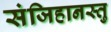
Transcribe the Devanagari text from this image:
संजिहानस्तु